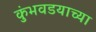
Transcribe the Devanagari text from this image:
कुंभवडयाच्या